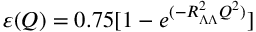
\varepsilon ( Q ) = 0 . 7 5 [ 1 - e ^ { ( - R _ { \Lambda \Lambda } ^ { 2 } Q ^ { 2 } ) } ]